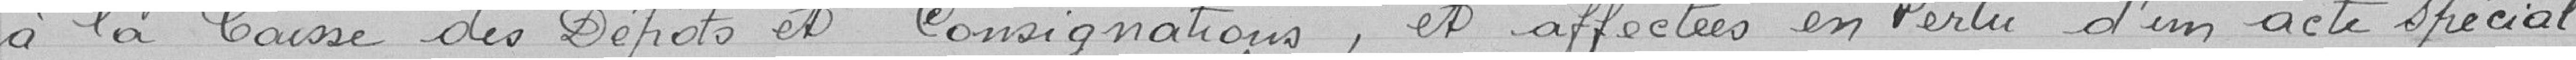
à la Caisse des Dépôts et Consignations, et affectées en vertu d'un acte spécial